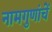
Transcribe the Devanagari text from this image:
नामगुणांचें